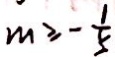
m \geq - \frac { 1 } { 5 }